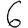
Digit: 6